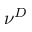
\nu ^ { D }